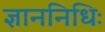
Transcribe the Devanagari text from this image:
ज्ञाननिधिः